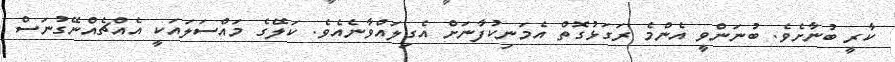
ކާރީ ބުނާށެވެ. ބުނަންވީ އެންމެ ރަގަޅުގޮތް އެމަނިކުފާނަށް އެގިލައްވާނެއެވެ. ކަލޭގެ މައްސަލައަކީ އެއްޗެއްނޭގުނަސް